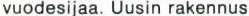
vuodesijaa. Uusin rakennus